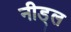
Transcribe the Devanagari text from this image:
नीड्ल